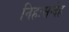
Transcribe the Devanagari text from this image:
निहःसन्देह